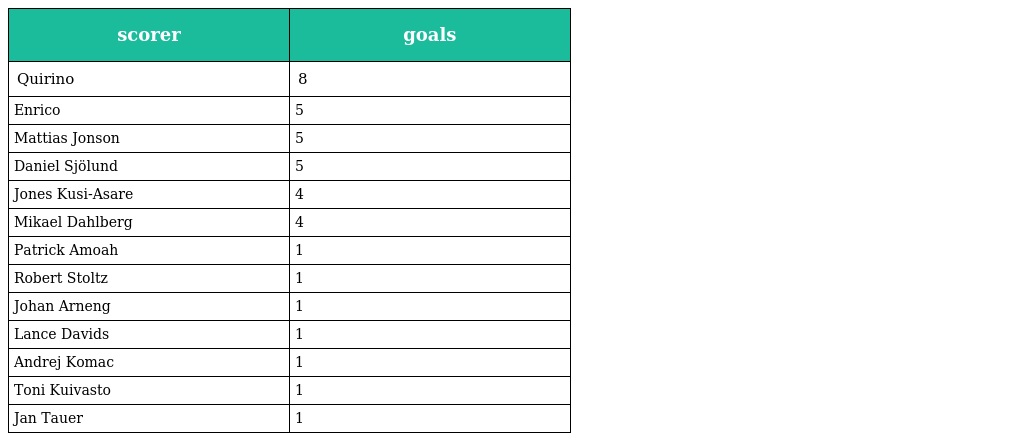
| scorer | goals |
 | --- | --- |
 | Quirino | 8 |
 | Enrico | 5 |
 | Mattias Jonson | 5 |
 | Daniel Sjölund | 5 |
 | Jones Kusi-Asare | 4 |
 | Mikael Dahlberg | 4 |
 | Patrick Amoah | 1 |
 | Robert Stoltz | 1 |
 | Johan Arneng | 1 |
 | Lance Davids | 1 |
 | Andrej Komac | 1 |
 | Toni Kuivasto | 1 |
 | Jan Tauer | 1 |